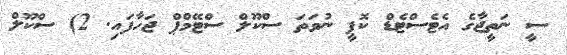
ސީ ނަތީޖާގެ އެޓެސްޓެޑް ކޮޕީ ނުވަތަ ސްކޫލް ސްޓޭމްޕް ޖަހާފައި. 2) ސްކޫލް